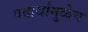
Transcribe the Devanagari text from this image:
पदार्थांमुळेच